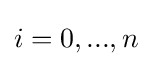
i=0,...,n